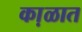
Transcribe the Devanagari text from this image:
का़ळात